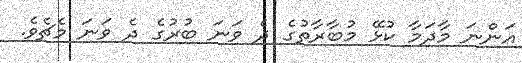
އަންނަ މާދަމާ ކުޅޭ މުބާރާތުގެ ދެ ވަނަ ބުރުގެ ދެ ވަނަ މެޗެވެ.